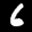
Label: 6